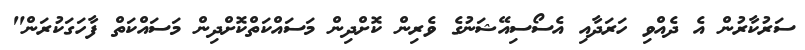
ސަރުކާރުން އެ ދެއްވި ހަރަދާއި އެސޯސިއޭޝަނުގެ ވެރިން ކޮށްދިން މަސައްކަތްކޮށްދިން މަސައްކަތް ފާހަގަކުރަން"